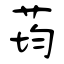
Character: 荺